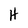
Character: H